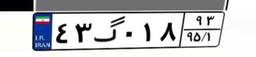
۴۱گ۰۷۱۷۶